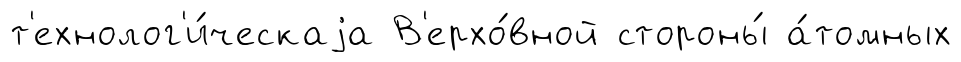
т'ехнолог'и́ческаjа В'ерхо́вной стороны́ а́томных